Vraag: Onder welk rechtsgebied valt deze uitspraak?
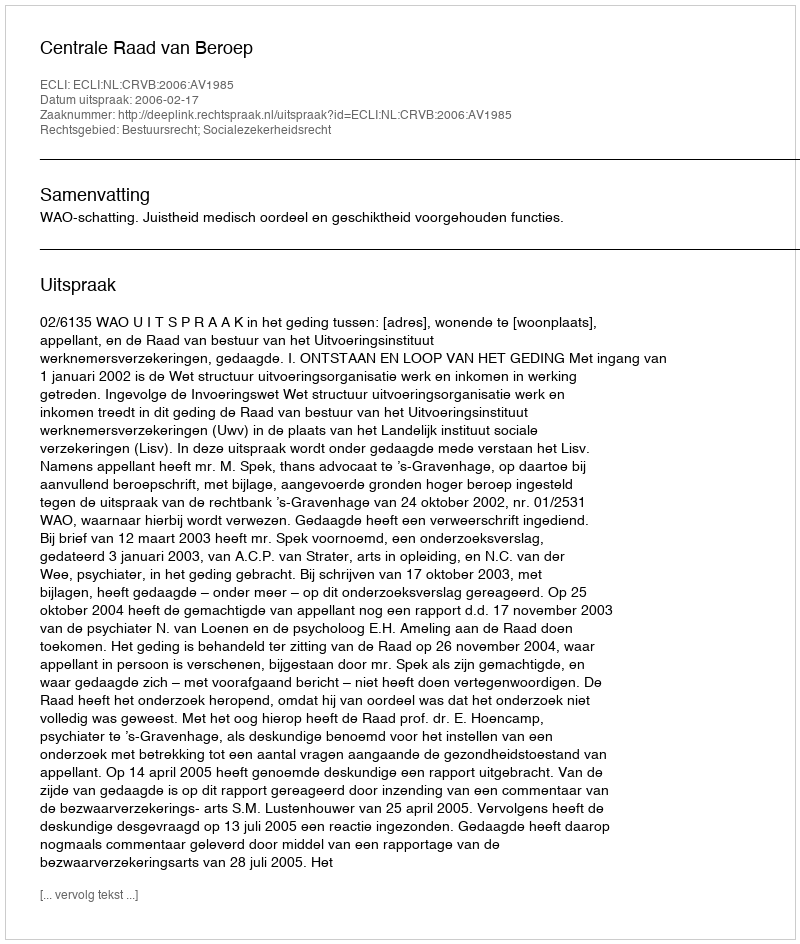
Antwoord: Bestuursrecht; Socialezekerheidsrecht